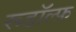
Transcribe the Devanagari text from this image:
रूडॉल्फ़